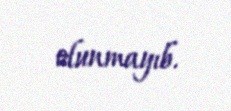
olunmayıb.